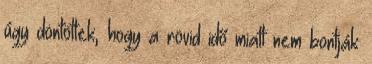
úgy döntöttek, hogy a rövid idő miatt nem bontják